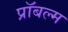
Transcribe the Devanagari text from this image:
प्रॉबल्म